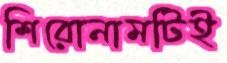
শিরোনামটিই